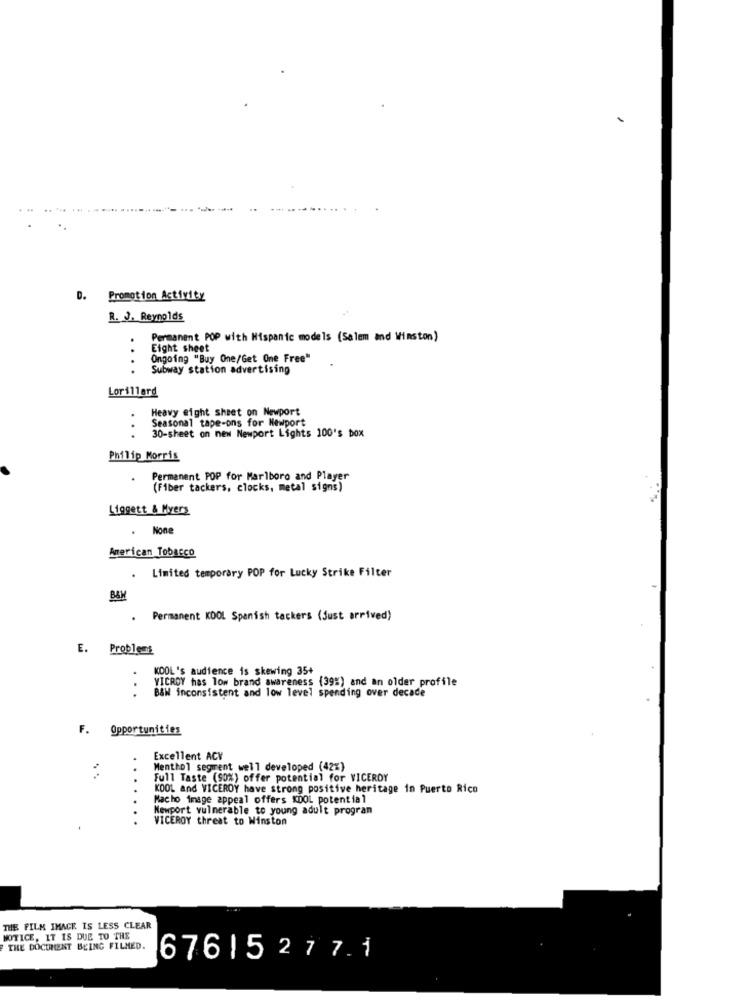
. Promotion Activity
R. J. Reynolds
.
Permanent POP with Hispanic models (Salem and Winston)
Eight sheet
Ongoing "Buy One/Get One Free"
Subway station advertising
Lorillard
Heavy eight sheet on Newport
Seasonal tape-ons for Newport
30-sheet on new Newport Lights 100's box
Philip Morris
Permanent POP for Marlboro and Player
(Fiber tackers, clocks, metal signs)
Liggett & Myers
. None
American Tobacco
Limited temporary POP for Lucky Strike Filter
.
B&W
Permanent KOOL Spanish tackers (just arrived)
E. Problems
KDOL's audience is skewing 35+
VICROY has lom brand awareness (39%) and an older profile
B&W inconsistent and low level spending over decade
F. Opportunities
Excellent ACY
Menthol segment well developed (42%)
Full Taste (S0%) offer potential for VICEROY
....
KOOL and VICEROY have strong positive heritage in Puerto Rico
Macho image appeal offers KDOL potential
Newport vulnerable to young adult program
VICEROY threat to Winston
THE FILM IMAGE IS LESS CLEAR
MOTICE, IT IS DUE TO THE
THE DOCUMENT BEING FILMED.
67615277.1